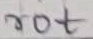
Text: rot